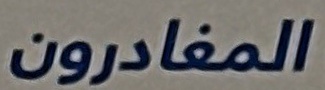
المغادرون